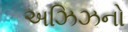
અઝિઝનો